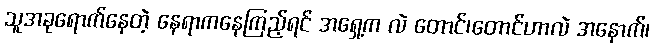
သူအခုရောက်နေတဲ့ နေရာကနေကြည့်ရင် အရှေ့က လဲ တောင်၊တောင်ဟာလဲ အနောက်၊